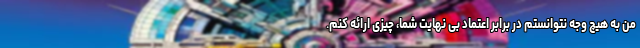
من به هیچ وجه نتوانستم در برابر اعتماد بی نهایت شما، چیزی ارائه کنم.